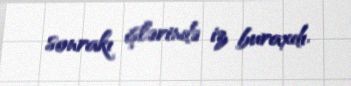
sonrakı işlərində iz buraxdı.